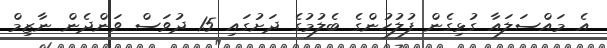
އެ މައްސަލައާ ގުޅިގެން ފުލުހުންގެ ބެލުމުގެ ދަށުގައި 15 ދުވަސް ވަންދެން ނާޒިމް